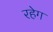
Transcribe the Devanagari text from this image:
रहेग